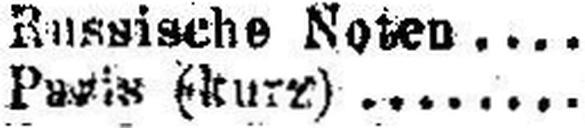
Paris (kurz)